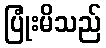
ပြုံးမိသည်